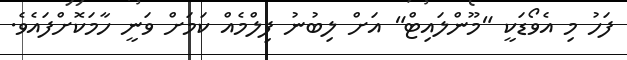
ފަހު މި އެވޯޑަކީ "މޫންލައިޓް" އަށް ލިބުނު ފިލްމެއް ކަމަށް ވަނީ ހާމަކޮށްފައެވެ.